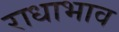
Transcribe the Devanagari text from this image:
राधाभाव